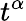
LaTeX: t^{\alpha}